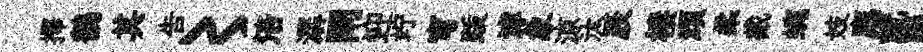
擇鶺其告〻涪潺閘迎竚穹䟦滹象涼汰辰棲頑柔截蜿妓廌就瓢